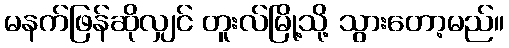
မနက်ဖြန်ဆိုလျှင် တူးလ်မြို့သို့ သွားတော့မည်။